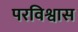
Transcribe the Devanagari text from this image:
परविश्वास